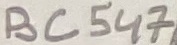
Text: BC547